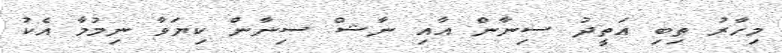
މިހާރު ތިބި އަތީދު ސިނާން އާއި ނާޝް ސިނާން ކިޔަވާ ނިމުމާ އެކު